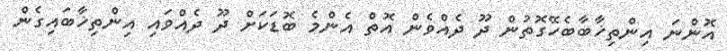
އޮންނަ އިންތިޚާބާބެހޭގޮތުން ދޫ ދެއްވެން އޮތް އެންމެ ބޮޑަކަށް ދޫ ދެއްވައި އިންތިޚާބައިގެން